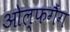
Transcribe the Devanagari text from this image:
ओल्फगैंग